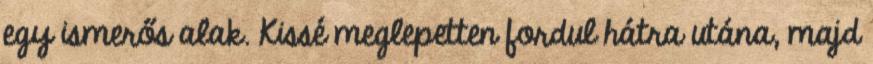
egy ismerős alak. Kissé meglepetten fordul hátra utána, majd